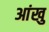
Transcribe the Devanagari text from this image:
आंखु